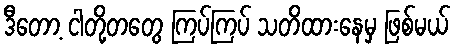
ဒီတော့ ငါတို့တတွေ ကြပ်ကြပ် သတိထားနေမှ ဖြစ်မယ်